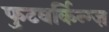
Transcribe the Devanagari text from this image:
फुटवर्किन्ग्ज़